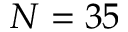
N = 3 5